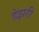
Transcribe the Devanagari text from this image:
डेझरी